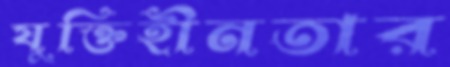
যুক্তিহীনতার